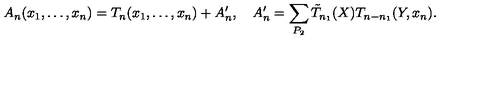
A _ { n } ( x _ { 1 } , \ldots , x _ { n } ) = T _ { n } ( x _ { 1 } , \ldots , x _ { n } ) + A _ { n } ^ { \prime } , \quad A _ { n } ^ { \prime } = \sum _ { P _ { 2 } } \tilde { T } _ { n _ { 1 } } ( X ) T _ { n - n _ { 1 } } ( Y , x _ { n } ) .